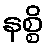
နစ္စိ